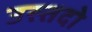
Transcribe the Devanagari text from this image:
उस्तदो